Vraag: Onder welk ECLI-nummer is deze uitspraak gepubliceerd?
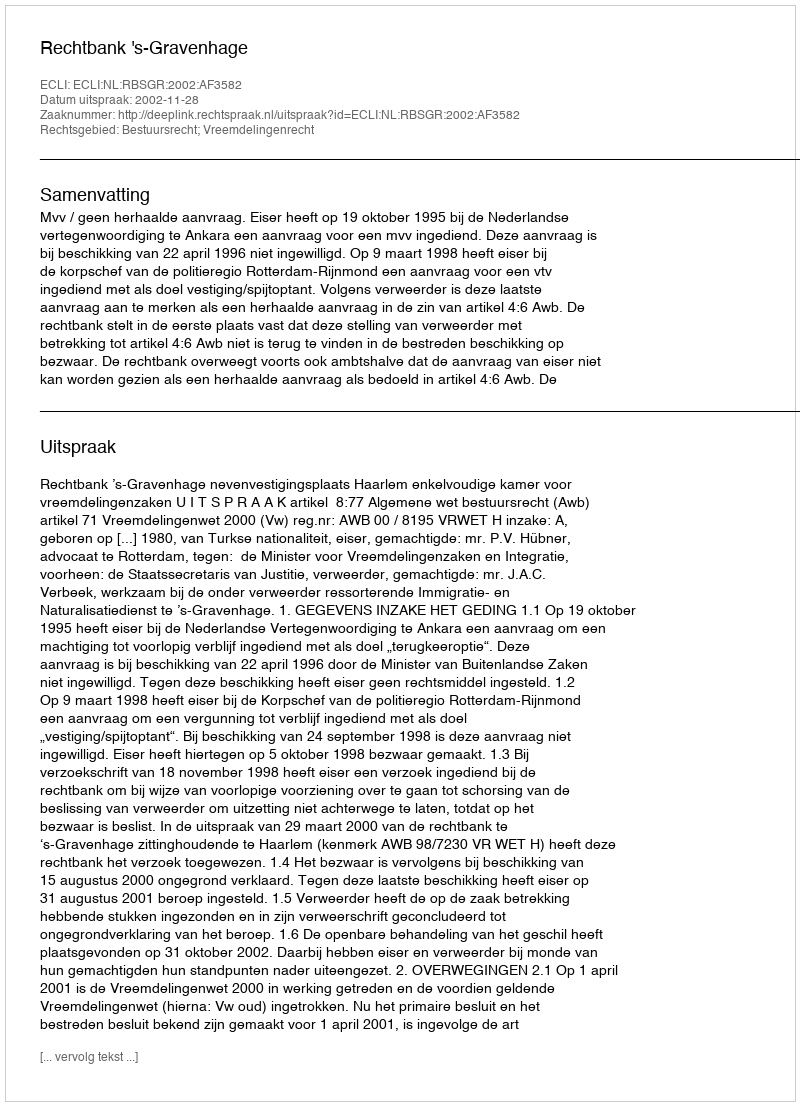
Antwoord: ECLI:NL:RBSGR:2002:AF3582